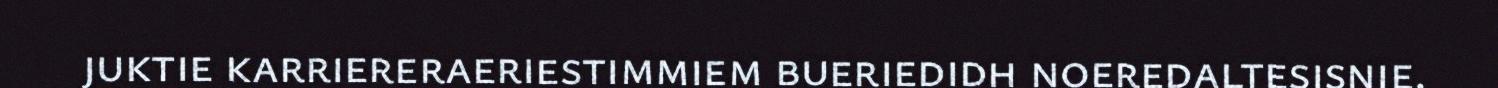
juktie karriereraeriestimmiem bueriedidh noeredaltesisnie.